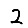
Digit: 2